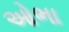
ઓભા